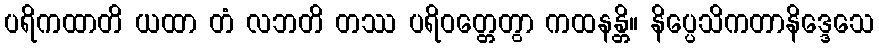
ပရိကထာတိ ယထာ တံ လဘတိ တဿ ပရိဝတ္တေတွာ ကထနန္တိ။ နိပ္ပေသိကတာနိဒ္ဒေသေ